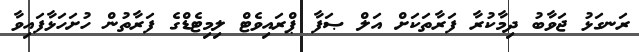
ރަނގަޅު ޖަވާބު ދިމާކުރާ ފަރާތަކަށް އަލް ޞަފާ ޕްރައިވެޓް ލިމިޓެޑްގެ ފަރާތުން ހުށަހަޅާފައިވާ